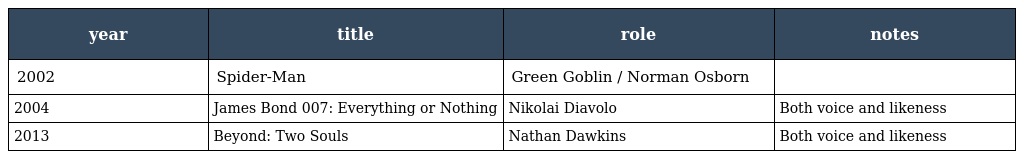
| year | title | role | notes |
 | --- | --- | --- | --- |
 | 2002 | Spider-Man | Green Goblin / Norman Osborn |  |
 | 2004 | James Bond 007: Everything or Nothing | Nikolai Diavolo | Both voice and likeness |
 | 2013 | Beyond: Two Souls | Nathan Dawkins | Both voice and likeness |